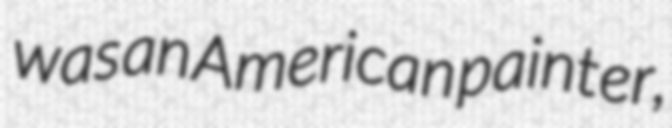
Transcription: was an American painter,